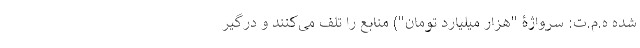
شده ه.م.ت: سر‌واژۀ "هزار میلیارد تومان") منابع را تلف می‌کنند و درگیر